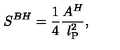
{ S } ^ { B H } = { \frac { 1 } { 4 } } { \frac { A ^ { H } } { l _ { \mathrm { \scriptsize { P } } } ^ { 2 } } } ,